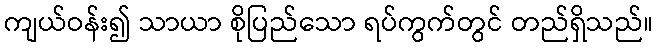
ကျယ်ဝန်း၍ သာယာ စိုပြည်သော ရပ်ကွက်တွင် တည်ရှိသည်။